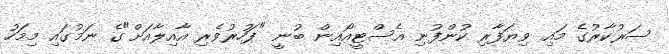
ސަރުކާރުގެ މައި ވިޔަފާރި ކުންފުނި އެސްޓީއޯއިން ބުނީ "ފަހުރުވެރި އާއިލާއަށް"ގެ ނަމުގައި މިމަހު